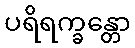
ပရိရက္ခန္တော